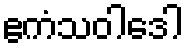
ဧကံသဝါဒေါ